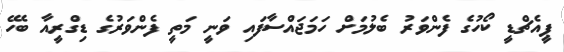
ޕީއެޗްޑީ ކޯހުގެ ފެންވަރު ބެލުމަށް ހަމަޖައްސާފައި ވަނީ މަތީ ފެންވަރުގެ ޑިގްރީއާ ބެހޭ